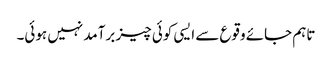
تاہم جائے وقوع سے ایسی کوئی چیز برآمد نہیں ہوئی۔